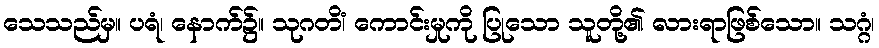
သေသည်မှ။ ပရံ၊ နောက်၌။ သုဂတိံ၊ ကောင်းမှုကို ပြုသော သူတို့၏ လားရာဖြစ်သော။ သဂ္ဂံ၊